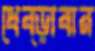
ধেব্‌ড়াবার